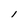
Character: l